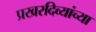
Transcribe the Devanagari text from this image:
प्रखरदिव्यांच्या